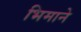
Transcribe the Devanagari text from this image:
भिमानेे